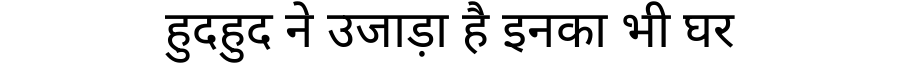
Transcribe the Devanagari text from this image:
हुदहुद ने उजाड़ा है इनका भी घर